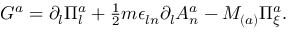
{ \cal G } ^ { a } = \partial _ { l } \Pi _ { l } ^ { a } + \textstyle { \frac { 1 } { 2 } } m \epsilon _ { l n } \partial _ { l } A _ { n } ^ { a } - M _ { ( a ) } \Pi _ { \xi } ^ { a } .